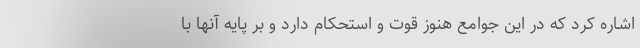
اشاره کرد که در این جوامع هنوز قوت و استحکام دارد و بر پایه آنها با